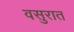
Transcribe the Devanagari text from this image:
वसुरात